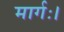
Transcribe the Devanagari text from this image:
मार्गः।